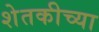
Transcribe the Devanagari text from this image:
शेतकीच्या